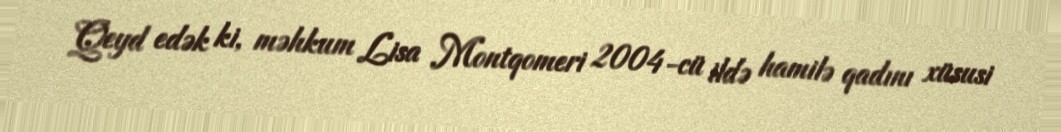
Qeyd edək ki, məhkum Lisa Montqomeri 2004-cü ildə hamilə qadını xüsusi